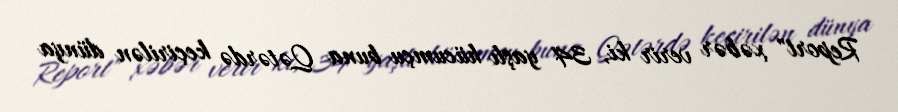
Report" xəbər verir ki, 34 yaşlı hücumçu buna Qətərdə keçirilən dünya